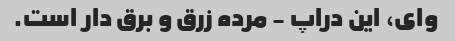
وای، این دراپ - مرده زرق و برق دار است.